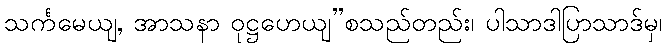
သင်္ကမေယျ, အာသနာ ဝုဋ္ဌဟေယျ”စသည်တည်း၊ ပါသာဒါပြာသာဒ်မှ၊